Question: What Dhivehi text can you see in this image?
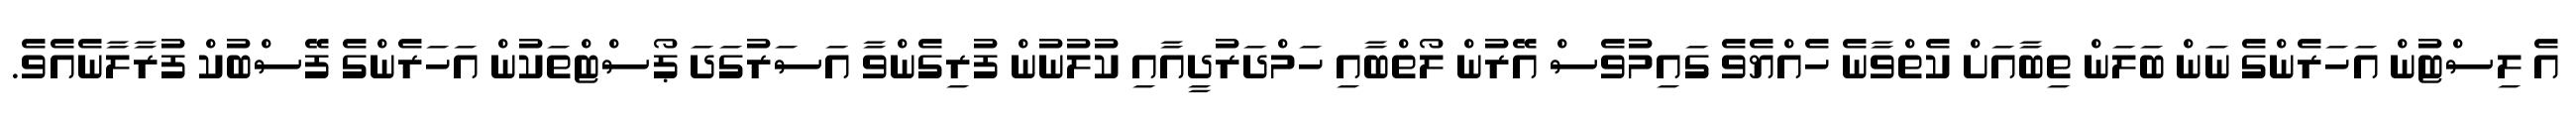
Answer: އެ ލިސްޓުން އަހަރެންގެ ނަން ބަލަން ތިބާއަށް ކެތްވާނެ ހެއްޔެވެ ގައިމުވެސް އޭރުން ލޯތްބާއި ހަމްދަރުދީއާއި ކުލުނުން ފުރިގެންވާ އަސަރުގަދަ ޕޯސްޓްތަކުން އަހަރެންގެ ފޭސްބުކް ފުރާލާނެއެވެ.